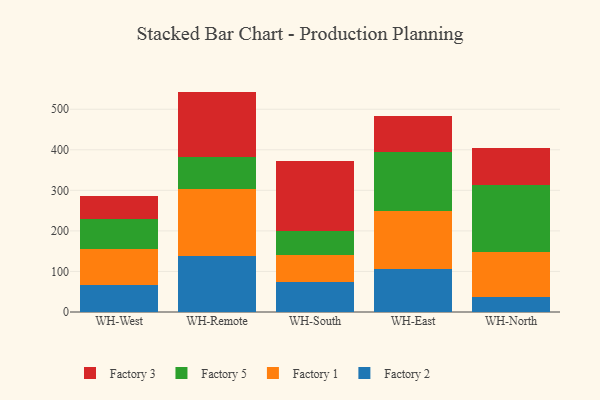
{"axis": {"x": "Warehouse", "y": "Inventory Turnover"}, "legend": ["Factory 1", "Factory 2", "Factory 3", "Factory 5"], "data": [{"x": "WH-West", "y": 67.5, "type": "Factory 2"}, {"x": "WH-West", "y": 89.0, "type": "Factory 1"}, {"x": "WH-West", "y": 71.7, "type": "Factory 5"}, {"x": "WH-West", "y": 58.5, "type": "Factory 3"}, {"x": "WH-Remote", "y": 138.7, "type": "Factory 2"}, {"x": "WH-Remote", "y": 165.5, "type": "Factory 1"}, {"x": "WH-Remote", "y": 77.9, "type": "Factory 5"}, {"x": "WH-Remote", "y": 161.4, "type": "Factory 3"}, {"x": "WH-South", "y": 74.3, "type": "Factory 2"}, {"x": "WH-South", "y": 66.4, "type": "Factory 1"}, {"x": "WH-South", "y": 59.9, "type": "Factory 5"}, {"x": "WH-South", "y": 171.3, "type": "Factory 3"}, {"x": "WH-East", "y": 106.4, "type": "Factory 2"}, {"x": "WH-East", "y": 143.6, "type": "Factory 1"}, {"x": "WH-East", "y": 145.0, "type": "Factory 5"}, {"x": "WH-East", "y": 88.1, "type": "Factory 3"}, {"x": "WH-North", "y": 37.5, "type": "Factory 2"}, {"x": "WH-North", "y": 110.9, "type": "Factory 1"}, {"x": "WH-North", "y": 166.0, "type": "Factory 5"}, {"x": "WH-North", "y": 89.7, "type": "Factory 3"}]}